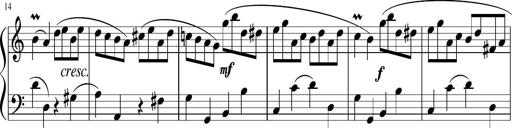
Title: 12 Keyboard Sonatinas
Composer: James Hook